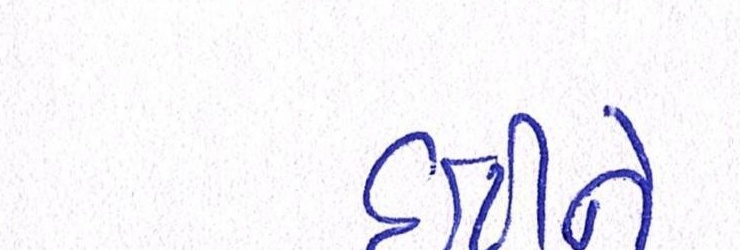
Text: ઇટીને